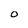
Character: 0